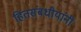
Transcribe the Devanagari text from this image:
हितसंबधीयांनी